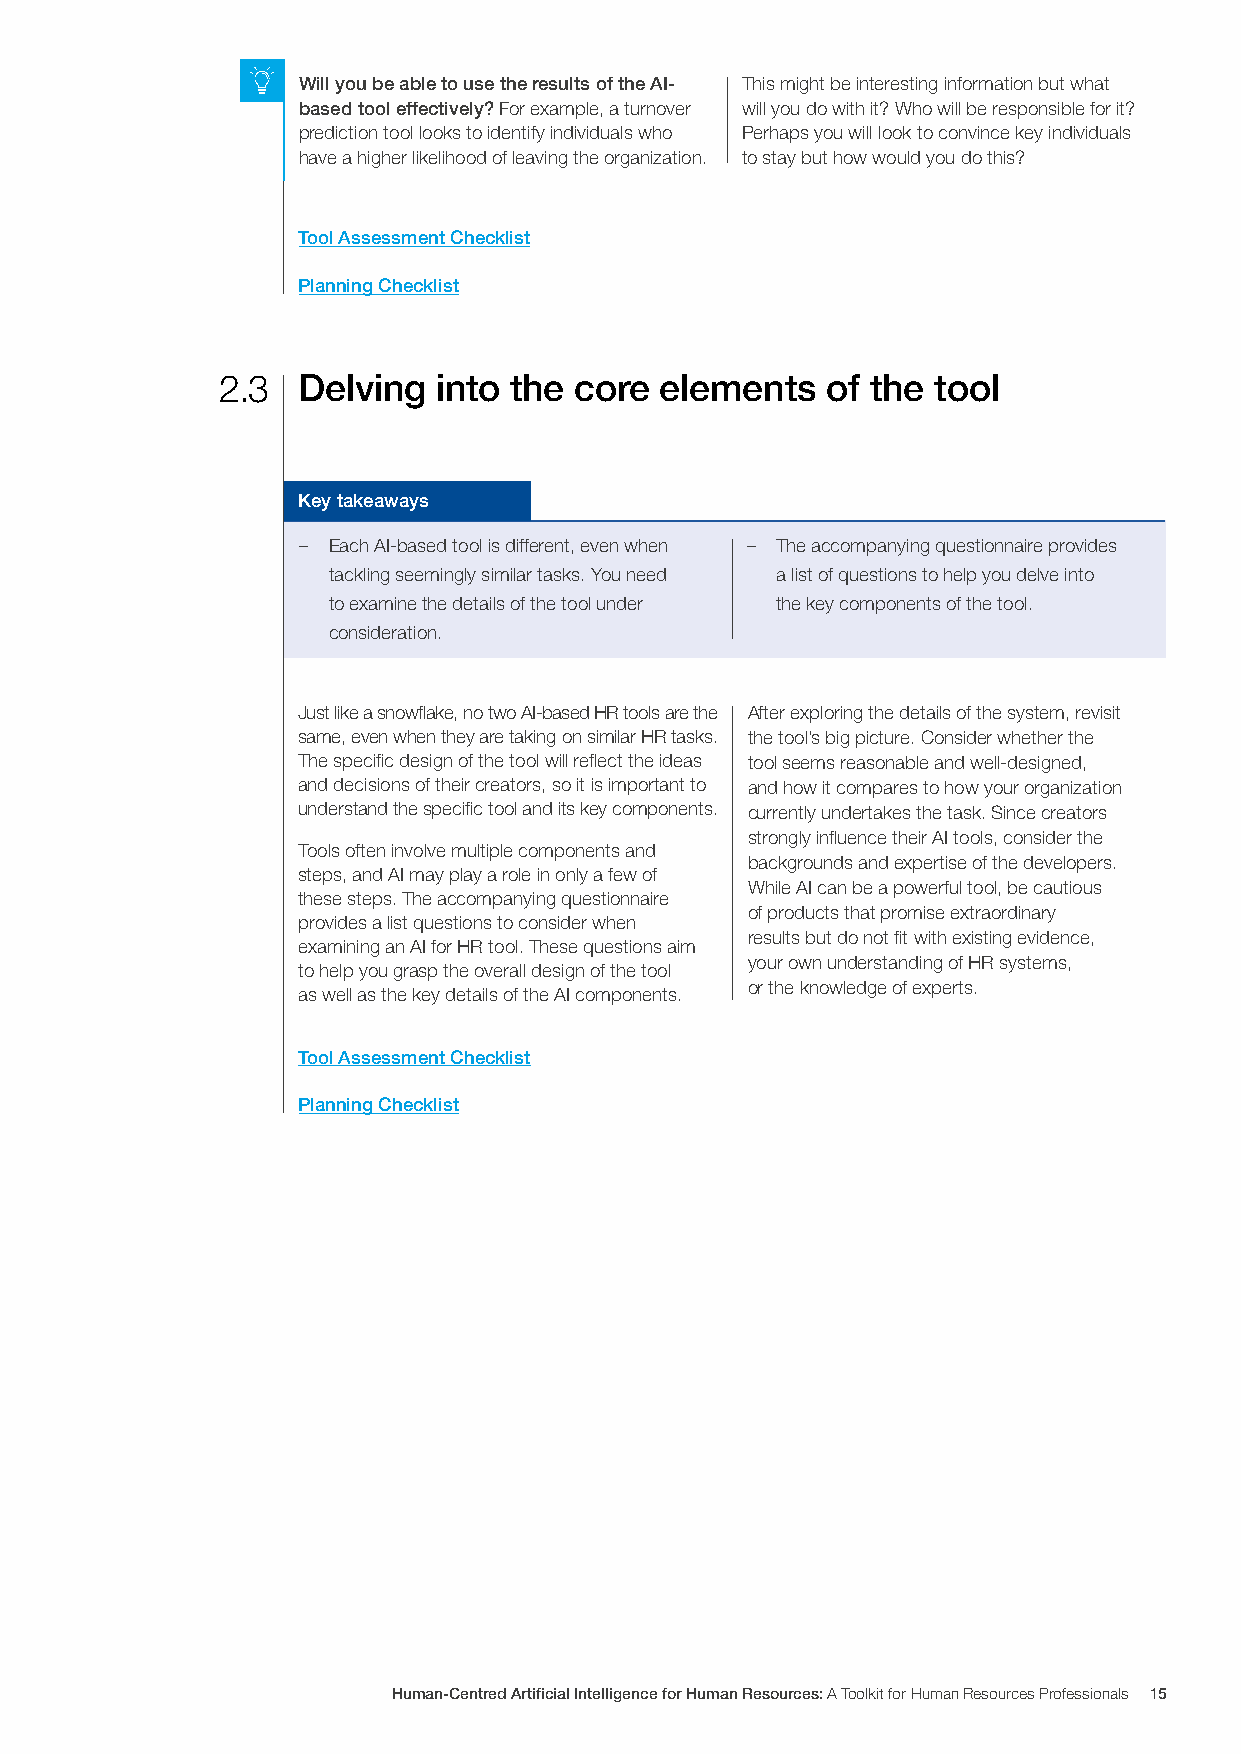
Will you be able to use the results of the AI- This might be interesting information but what
 based tool effectively? For example, a turnover will you do with it? Who will be responsible for it?
 prediction tool looks to identify individuals who Perhaps you will look to convince key individuals
 have a higher likelihood of leaving the organization. to stay but how would you do this?
 Tool Assessment Checklist
 Planning Checklist
 2.3  Delving  into the core  elements   of the tool
 Key takeaways
 – Each AI-based tool is different, even when – The accompanying questionnaire provides
 tackling seemingly similar tasks. You need a list of questions to help you delve into
 to examine the details of the tool under the key components of the tool.
 consideration.
 Just like a snowflake, no two AI-based HR tools are the After exploring the details of the system, revisit
 same, even when they are taking on similar HR tasks. the tool’s big picture. Consider whether the
 The specific design of the tool will reflect the ideas tool seems reasonable and well-designed,
 and decisions of their creators, so it is important to and how it compares to how your organization
 understand the specific tool and its key components. currently undertakes the task. Since creators
 strongly influence their AI tools, consider the
 Tools often involve multiple components and
 backgrounds and expertise of the developers.
 steps, and AI may play a role in only a few of
 While AI can be a powerful tool, be cautious
 these steps. The accompanying questionnaire
 of products that promise extraordinary
 provides a list questions to consider when
 results but do not fit with existing evidence,
 examining an AI for HR tool. These questions aim
 your own understanding of HR systems,
 to help you grasp the overall design of the tool
 or the knowledge of experts.
 as well as the key details of the AI components.
 Tool Assessment Checklist
 Planning Checklist
 Human-Centred Artificial Intelligence for Human Resources: A Toolkit for Human Resources Professionals 15